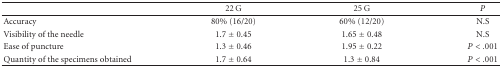
|  | 22G | 25G | P |
 | --- | --- | --- | --- |
 | Accuracy | 80% (16/20) | 60% (12/20) | N.S |
 | Visibility of the needle | 1.7 ± 0.45 | 1.65 ± 0.48 | N.S |
 | Ease of puncture | 1.3 ± 0.46 | 1.95 ± 0.22 | P < .001 |
 | Quantity of the specimens obtained | 1.7 ± 0.64 | 1.3 ± 0.84 | P < .001 |